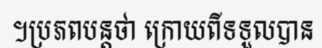
។ប្រភពបន្តថា ក្រោយពីទទួលបាន